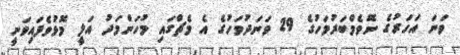
ވަނަ އަހަރުގެ ނޮވެމްބަރުމަހުގެ 29 ވަނަދުވަހުގެ އެ މެޗްގައި މުހަންމަދު އަލީ މޮޅުވެފައިވަނީ